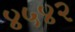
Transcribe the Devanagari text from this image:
४५४२